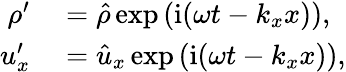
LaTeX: \begin{array}{rl}{\rho^{\prime}}&{{}=\hat{\rho}\exp{\left(\mathrm{i}(\omega t-k_{x}x)\right)},}\\ {u_{x}^{\prime}}&{{}=\hat{u}_{x}\exp{\left(\mathrm{i}(\omega t-k_{x}x)\right)},}\end{array}